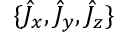
\{ \hat { J } _ { x } , \hat { J } _ { y } , \hat { J } _ { z } \}